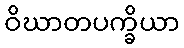
ဝိဃာတပက္ခိယာ